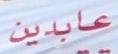
عابدين